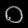
Digit: ၀